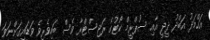
އަހްމަދު އަބްދު ދީދީ އާއި ސުޕްރީމް ކޯޓުގެ ރަޖިސްޓްރާ ވެސް ބައިވެރިވެ ވަޑައިގަންނަވަ